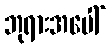
ဘုရားအပေါ်